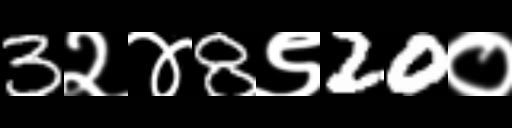
Text: 3२४8९20०